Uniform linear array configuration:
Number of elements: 24
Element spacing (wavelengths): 0.75
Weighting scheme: cosine
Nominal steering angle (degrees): -45
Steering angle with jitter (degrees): -45.381
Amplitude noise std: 0.05
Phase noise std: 0.05

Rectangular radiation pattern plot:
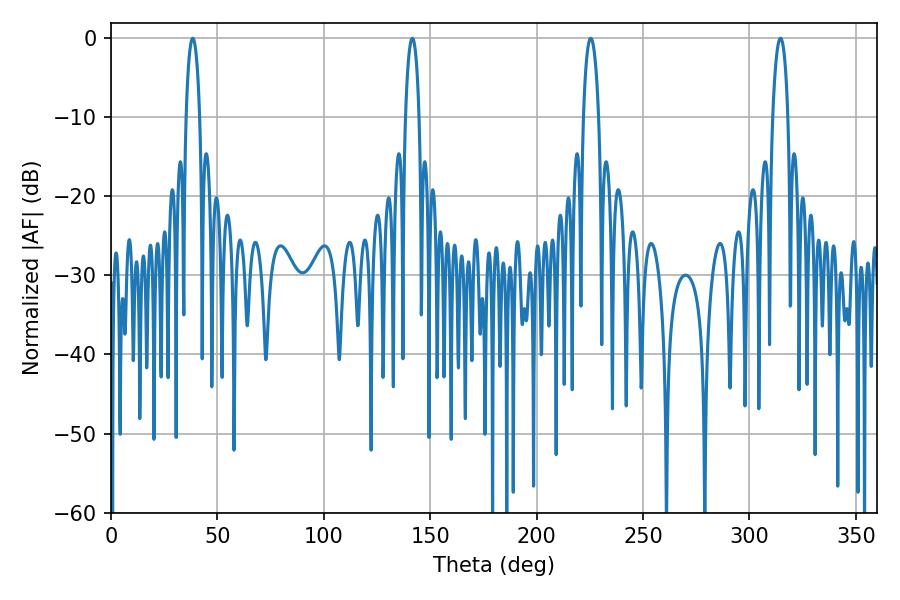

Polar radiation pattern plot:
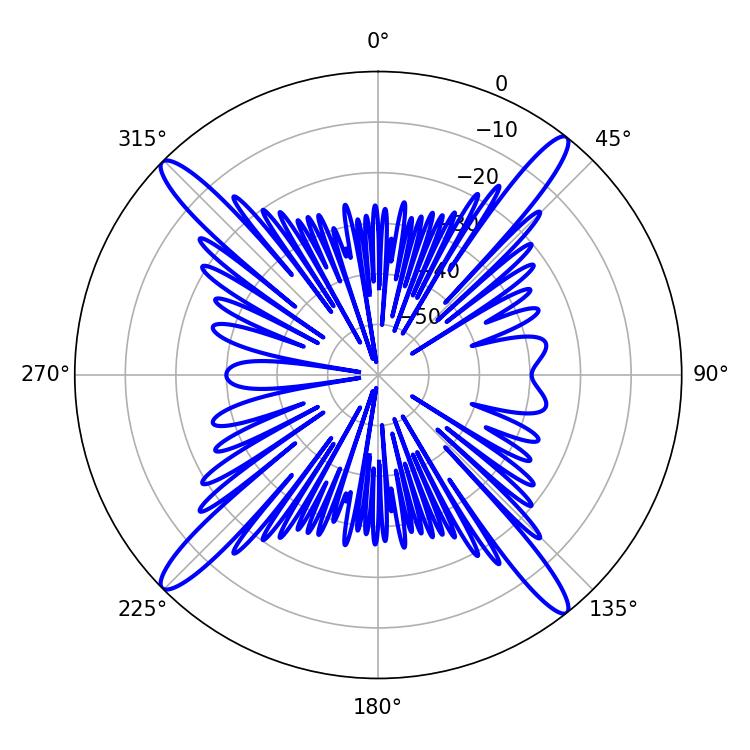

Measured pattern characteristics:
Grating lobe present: TRUE
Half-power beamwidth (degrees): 4.14
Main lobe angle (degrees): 225.36